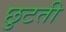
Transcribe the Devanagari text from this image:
छुटती